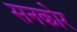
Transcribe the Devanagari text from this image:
सनकोर